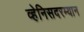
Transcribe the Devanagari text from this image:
व्हेनिसदरम्यान